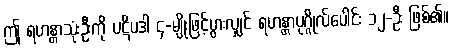
ဤ ရဟန္တာသုံးဦးကို ပဋိပဒါ ၄-မျိုးဖြင့်ပွားလျှင် ရဟန္တာပုဂ္ဂိုလ်ပေါင်း ၁၂-ဦး ဖြစ်၏။